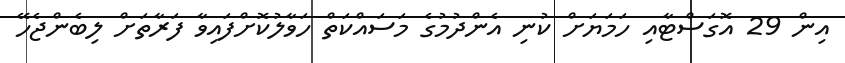
އިން 29 އޮގަސްޓާއި ހަމަޔަށް ކުނި އެންދުމުގެ މަސައްކަތް ހަވާލުކޮށްފައިވާ ފަރާތަށް ލިބެންޖެހޭ